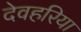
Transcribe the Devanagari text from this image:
देवहरिया